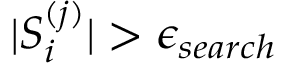
\vert S _ { i } ^ { ( j ) } \vert > \epsilon _ { s e a r c h }